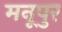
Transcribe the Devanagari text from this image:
मनूपुर